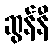
ဆွန်နီ